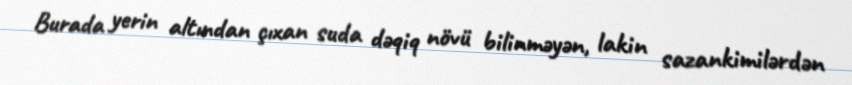
Burada yerin altından çıxan suda dəqiq növü bilinməyən, lakin sazankimilərdən